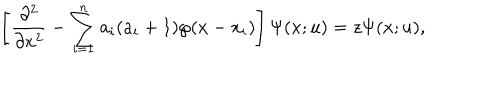
\left[ { \frac { \partial ^ { 2 } } { \partial x ^ { 2 } } } - \sum _ { i = 1 } ^ { n } a _ { i } ( a _ { i } + 1 ) \wp ( x - x _ { i } ) \right] \Psi ( x ; u ) = z \Psi ( x ; u ) ,